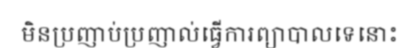
មិនប្រញាប់ប្រញាល់ធ្វើការព្យាបាលទេនោះ